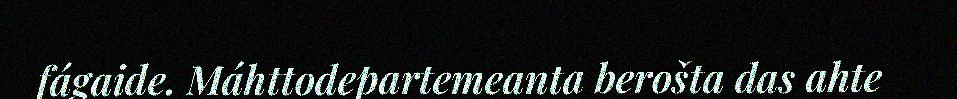
fágaide. Máhttodepartemeanta berošta das ahte